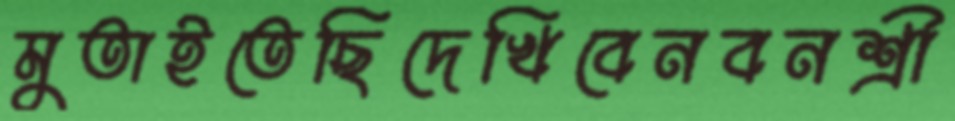
মুতাইতেছিদেখিবেনবনশ্রী